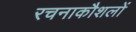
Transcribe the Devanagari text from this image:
रचनाकौशलों